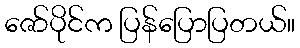
ဇော်ပိုင်က ပြန်ပြောပြတယ်။